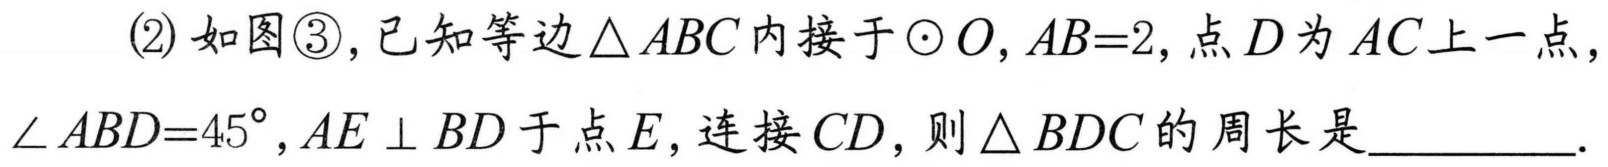
(2) 如图\textcircled{3}，已知等边\(\triangle ABC\)内接于\(\odot O\)，\(AB = 2\)，点\(D\)为\(\overset{\frown}{AC}\)上一点，\(\angle ABD = 45^{\circ}\)，\(AE\perp BD\)于点\(E\)，连接\(CD\)，则\(\triangle BDC\)的周长是__________.